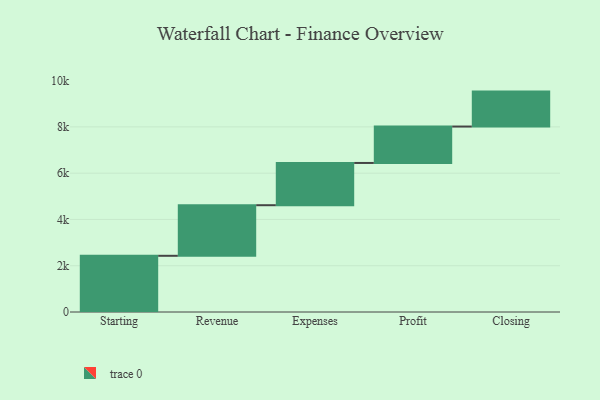
{"axis": {"x": "Step", "y": "Value"}, "legend": [""], "data": [{"x": "Starting", "y": 2429.0, "type": ""}, {"x": "Revenue", "y": 2186.0, "type": ""}, {"x": "Expenses", "y": 1826.0, "type": ""}, {"x": "Profit", "y": 1574.0, "type": ""}, {"x": "Closing", "y": 1510.0, "type": ""}]}